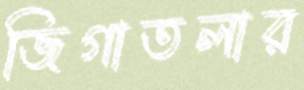
জিগাতলার